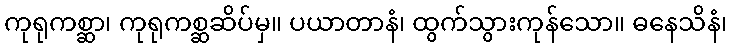
ကုရုကစ္ဆာ၊ ကုရုကစ္ဆဆိပ်မှ။ ပယာတာနံ၊ ထွက်သွားကုန်သော။ ဓနေသိနံ၊